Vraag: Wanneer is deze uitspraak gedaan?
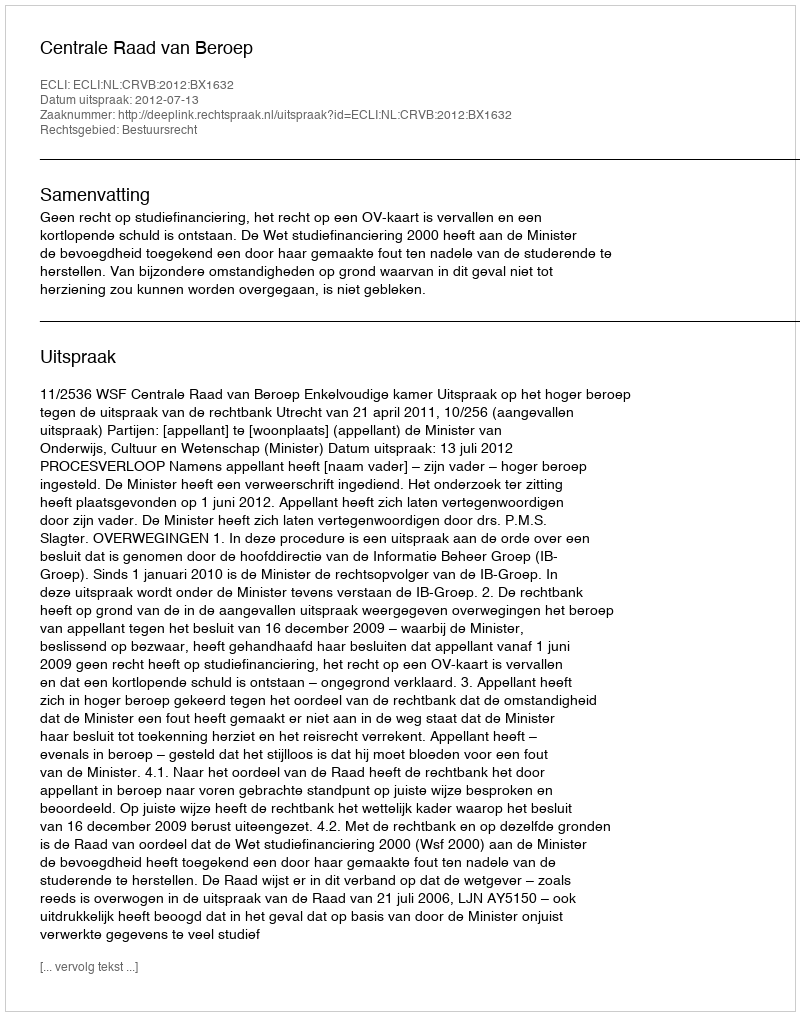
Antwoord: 2012-07-13